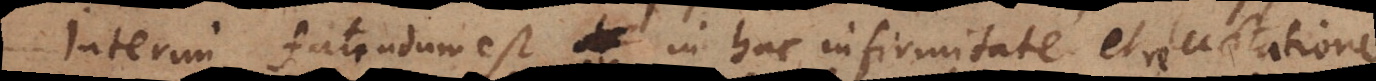
Interim fatendum est in hac infirmitate et reluctatione